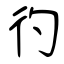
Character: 彴